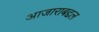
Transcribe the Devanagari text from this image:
आजाराबद्दल